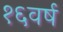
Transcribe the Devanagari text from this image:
१६वर्ष